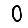
Digit: 0